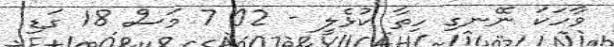
ވާހަކަ ނޭނގި ހިތާ ކުޅެލީ - 02 7 މަސް 18 ގަޑި